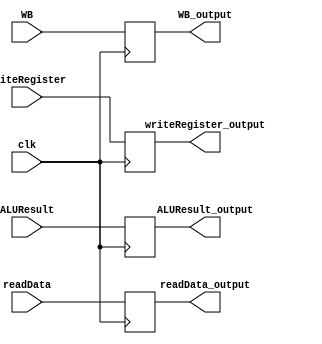
module MEM_WB (WB_output, readData_output,ALUResult_output,writeRegister_output, WB,readData,ALUResult,writeRegister,clk);

input [1:0] WB;
input [31:0] readData,ALUResult;
input [4:0] writeRegister;
input clk;

output reg [31:0] readData_output,ALUResult_output;
output reg [4:0] writeRegister_output;
output reg [1:0] WB_output;

always @ (posedge clk)
begin
    readData_output <= readData;   
    writeRegister_output <= writeRegister;
    WB_output <= WB;
    ALUResult_output <= ALUResult;

    $display("%t MEM/WB: %b", $time, {WB_output,readData_output,ALUResult_output,writeRegister_output});

end
endmodule

// module MEM_WB_test;

// reg [1:0] WB;
// reg [31:0] readData,ALUResult;
// reg [4:0] writeRegister;
// reg clk;

// wire [31:0] readData_output,ALUResult_output;
// wire [4:0] writeRegister_output;
// wire [1:0] WB_output;

// MEM_WB testing (WB_output, readData_output,ALUResult_output,writeRegister_output, WB,readData,ALUResult,writeRegister,clk);
// initial begin
//   WB = 2'b11;
//   readData = 32'b00000000000000000000000000001111;
//   ALUResult =32'b00000000000000000000000000001011;
//   writeRegister = 5'b11111;
//   clk =1'b1;
// end
//         always@(readData_output) begin
//         $display("%s %d","readData_output",readData_output);
//          end
//         always@(ALUResult_output) begin
//         $display("%s %d","ALUResult output",ALUResult_output);
//          end
//         always@(writeRegister_output) begin
//         $display("%s %d","writeRegister output",writeRegister_output);
//          end
//         always@(WB_output) begin
//         $display("%s %d","WB output",WB_output);
//          end
// endmodule